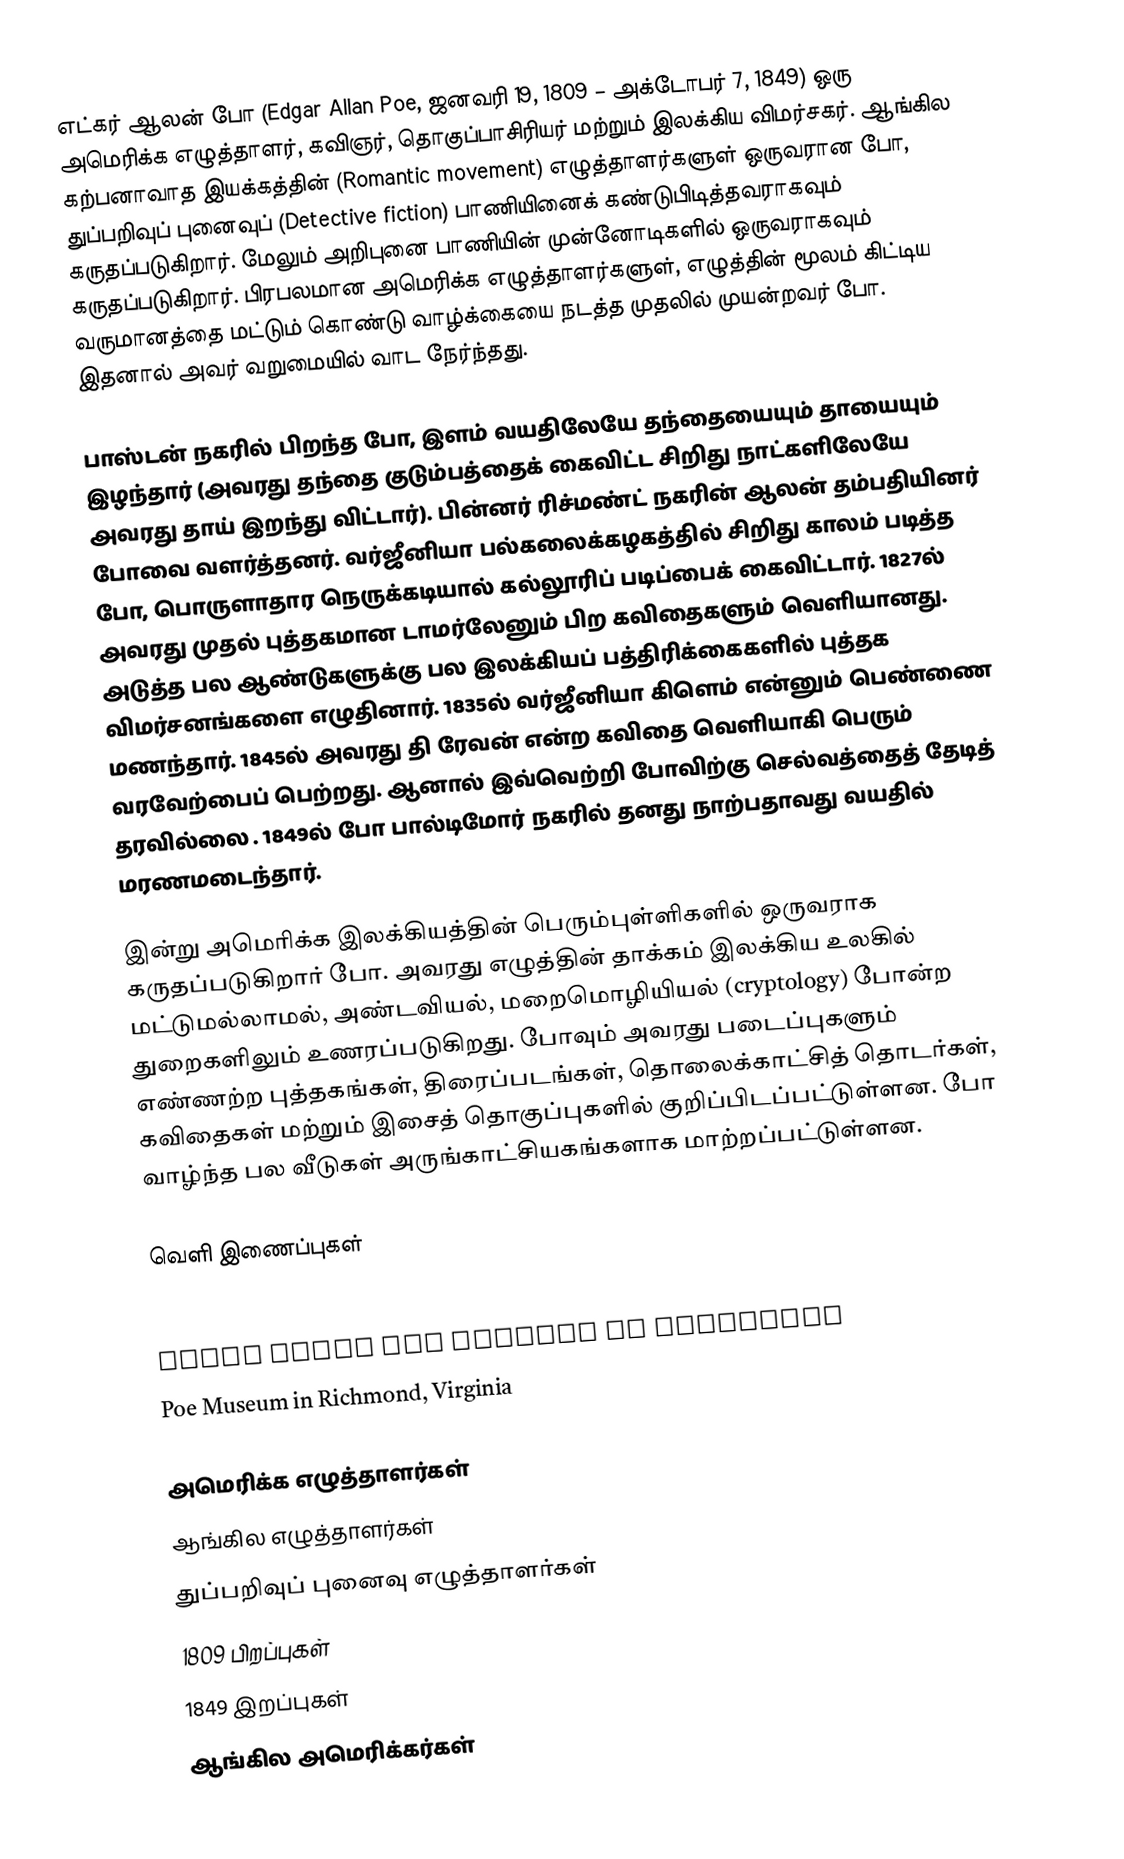
எட்கர் ஆலன் போ (Edgar Allan Poe, ஜனவரி 19, 1809 – அக்டோபர் 7, 1849) ஒரு அமெரிக்க எழுத்தாளர், கவிஞர், தொகுப்பாசிரியர் மற்றும் இலக்கிய விமர்சகர். ஆங்கில கற்பனாவாத இயக்கத்தின் (Romantic movement) எழுத்தாளர்களுள் ஒருவரான போ, துப்பறிவுப் புனைவுப் (Detective fiction) பாணியினைக் கண்டுபிடித்தவராகவும் கருதப்படுகிறார். மேலும் அறிபுனை பாணியின் முன்னோடிகளில் ஒருவராகவும் கருதப்படுகிறார். பிரபலமான அமெரிக்க எழுத்தாளர்களுள், எழுத்தின் மூலம் கிட்டிய வருமானத்தை மட்டும் கொண்டு வாழ்க்கையை நடத்த முதலில் முயன்றவர் போ. இதனால் அவர் வறுமையில் வாட நேர்ந்தது.

பாஸ்டன் நகரில் பிறந்த போ, இளம் வயதிலேயே தந்தையையும் தாயையும் இழந்தார் (அவரது தந்தை குடும்பத்தைக் கைவிட்ட சிறிது நாட்களிலேயே அவரது தாய் இறந்து விட்டார்). பின்னர் ரிச்மண்ட் நகரின் ஆலன் தம்பதியினர் போவை வளர்த்தனர். வர்ஜீனியா பல்கலைக்கழகத்தில் சிறிது காலம் படித்த போ, பொருளாதார நெருக்கடியால் கல்லூரிப் படிப்பைக் கைவிட்டார். 1827ல் அவரது முதல் புத்தகமான டாமர்லேனும் பிற கவிதைகளும் வெளியானது. அடுத்த பல ஆண்டுகளுக்கு பல இலக்கியப் பத்திரிக்கைகளில் புத்தக விமர்சனங்களை எழுதினார். 1835ல் வர்ஜீனியா கிளெம் என்னும் பெண்ணை மணந்தார். 1845ல் அவரது தி ரேவன் என்ற கவிதை வெளியாகி பெரும் வரவேற்பைப் பெற்றது. ஆனால் இவ்வெற்றி போவிற்கு செல்வத்தைத் தேடித் தரவில்லை . 1849ல் போ பால்டிமோர் நகரில் தனது நாற்பதாவது வயதில் மரணமடைந்தார்.

இன்று அமெரிக்க இலக்கியத்தின் பெரும்புள்ளிகளில் ஒருவராக கருதப்படுகிறார் போ. அவரது எழுத்தின் தாக்கம் இலக்கிய உலகில் மட்டுமல்லாமல், அண்டவியல், மறைமொழியியல் (cryptology) போன்ற துறைகளிலும் உணரப்படுகிறது. போவும் அவரது படைப்புகளும் எண்ணற்ற புத்தகங்கள், திரைப்படங்கள், தொலைக்காட்சித் தொடர்கள், கவிதைகள் மற்றும் இசைத் தொகுப்புகளில் குறிப்பிடப்பட்டுள்ளன. போ வாழ்ந்த பல வீடுகள் அருங்காட்சியகங்களாக மாற்றப்பட்டுள்ளன.

வெளி இணைப்புகள்

 Edgar Allan Poe National Historic Site
 Edgar Allan Poe Society in Baltimore
 Poe Museum in Richmond, Virginia

அமெரிக்க எழுத்தாளர்கள்
ஆங்கில எழுத்தாளர்கள்
துப்பறிவுப் புனைவு எழுத்தாளர்கள்
1809 பிறப்புகள்
1849 இறப்புகள்
ஆங்கில அமெரிக்கர்கள்